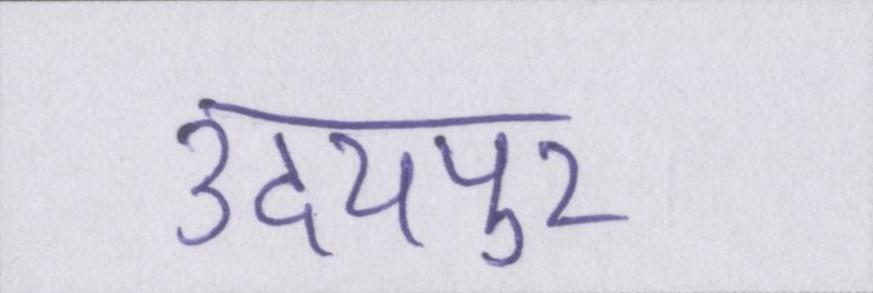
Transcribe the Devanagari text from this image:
उदयपुर